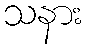
သနား